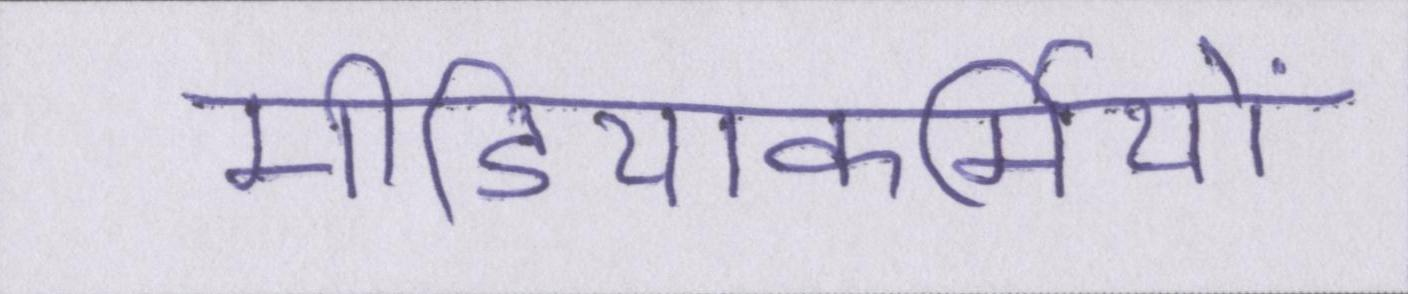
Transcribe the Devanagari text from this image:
मीडियाकर्मियों